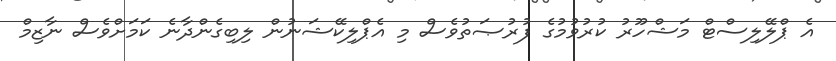
އެ ޕްލޭލިސްޓް މަޝްހޫރު ކުރުވުމުގެ ފުރުޞަތުވެސް މި އެޕްލިކޭޝަނުން ލިބިގެންދާނެ ކަމަށްވެސް ނާޒިމް